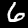
Digit: 6